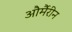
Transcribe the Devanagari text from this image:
और्मैरीन